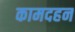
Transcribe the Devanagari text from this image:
कामदहन